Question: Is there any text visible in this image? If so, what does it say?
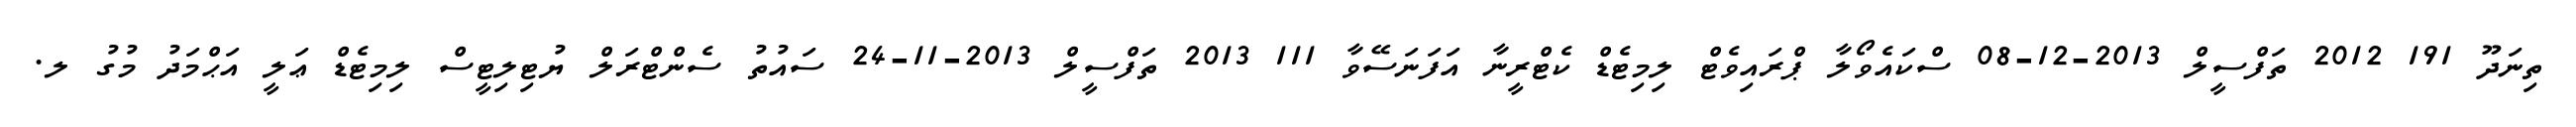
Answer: ތިނަދޫ 191 2012 ތަފްސީލް 2013-12-08 ސްކައެވޯލާ ޕްރައިވެޓް ލިމިޓެޑް ކެޓްރީނާ އަފަނަސޭވާ 111 2013 ތަފްސީލް 2013-11-24 ސައުތު ސެންޓްރަލް ޔުޓިލިޓީސް ލިމިޓެޑް ޢަލީ އަޙްމަދު މުގު ލ.